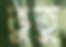
ভুতু